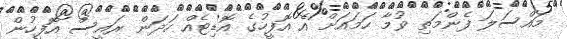
މައްސަލަ ފެންމަތި ވުމާ ހަމައަށް އެ އޮފީހުގެ އޮޑިޓެއް ހަދަން ރައީސް އޮފީހުން